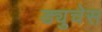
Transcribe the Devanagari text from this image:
ड्युचेस